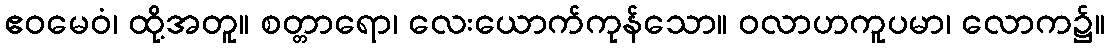
ဧဝမေဝံ၊ ထို့အတူ။ စတ္တာရော၊ လေးယောက်ကုန်သော။ ဝလာဟကူပမာ၊ လောက၌။